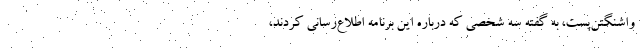
واشنگتن‌پست، به گفته سه شخصی که درباره این برنامه اطلاع‌رسانی کردند،